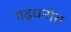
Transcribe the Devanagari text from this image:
गढ़धनोरा